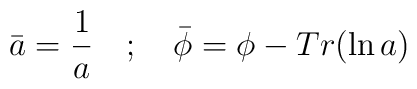
\bar a = \frac{1}{a} \quad ; \quad \bar \phi = \phi -Tr({\ln a})